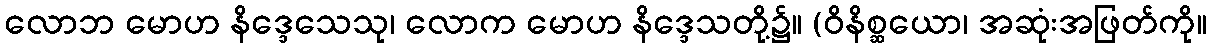
လောဘ မောဟ နိဒ္ဒေသေသု၊ လောက မောဟ နိဒ္ဒေသတို့၌။ (ဝိနိစ္ဆယော၊ အဆုံးအဖြတ်ကို။